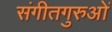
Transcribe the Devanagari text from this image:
संगीतगुरुओं